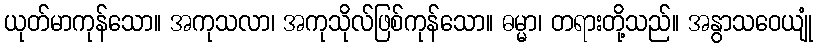
ယုတ်မာကုန်သော။ အကုသလာ၊ အကုသိုလ်ဖြစ်ကုန်သော။ ဓမ္မာ၊ တရားတို့သည်။ အနွာသဝေယျုံ